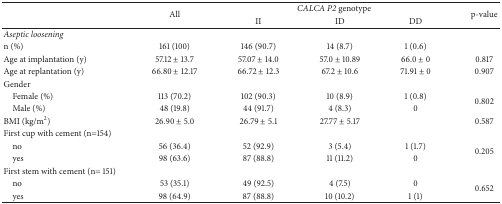
| <ROWSPAN=2>  | <ROWSPAN=2> All | <COLSPAN=3> CALCA P2 genotype | <ROWSPAN=2> p-value |
 | II | ID | DD |
 | --- | --- | --- | --- | --- | --- |
 | Aseptic loosening |  |  |  |  |  |
 | n (%) | 161 (100) | 146 (90.7) | 14 (8.7) | 1 (0.6) |  |
 | Age at implantation (y) | 57.12 ± 13.7 | 57.07 ± 14.0 | 57.0 ± 10.89 | 66.0 ± 0 | 0.817 |
 | Age at replantation (y) | 66.80 ± 12.17 | 66.72 ± 12.3 | 67.2 ± 10.6 | 71.91 ± 0 | 0.907 |
 | Gender |  |  |  |  |  |
 | Female (%) | 113 (70.2) | 102 (90.3) | 10 (8.9) | 1 (0.8) | <ROWSPAN=2> 0.802 |
 | Male (%) | 48 (19.8) | 44 (91.7) | 4 (8.3) | 0 |
 | BMI (kg/m2) | 26.90 ± 5.0 | 26.79 ± 5.1 | 27.77 ± 5.17 |  | 0.587 |
 | First cup with cement (n=154) |  |  |  |  |  |
 | no | 56 (36.4) | 52 (92.9) | 3 (5.4) | 1 (1.7) | <ROWSPAN=2> 0.205 |
 | yes | 98 (63.6) | 87 (88.8) | 11 (11.2) | 0 |
 | First stem with cement (n= 151) |  |  |  |  |  |
 | no | 53 (35.1) | 49 (92.5) | 4 (7.5) | 0 | <ROWSPAN=2> 0.652 |
 | yes | 98 (64.9) | 87 (88.8) | 10 (10.2) | 1 (1) |